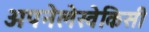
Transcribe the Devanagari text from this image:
अपनेलेखेकिसी